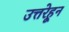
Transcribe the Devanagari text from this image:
उत्तरेहून